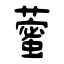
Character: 藌